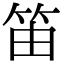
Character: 笛